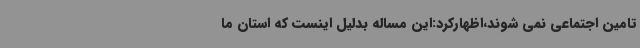
تامین اجتماعی نمی شوند،اظهارکرد:این مساله بدلیل اینست که استان ما